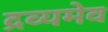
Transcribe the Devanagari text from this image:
द्रव्यमेव